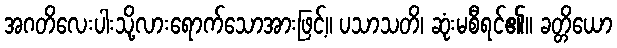
အဂတိလေးပါးသို့လားရောက်သောအားဖြင့်။ ပသာသတိ၊ ဆုံးမစီရင်၏။ ခတ္တိယော